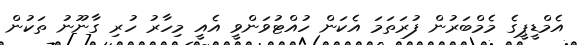
އެމްޑީޕީގެ މެމްބަރުން ފުރަތަމަ އެކަން ހުއްޓުވަންވީ އެއީ މިހާރު ހުރި ގާނޫނު ތަކުން